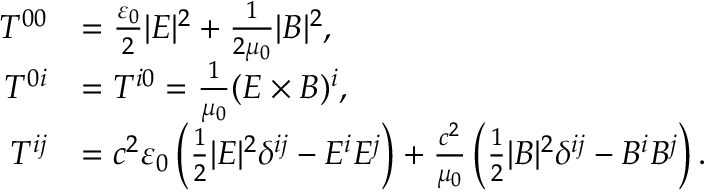
\begin{array} { r l } { T ^ { 0 0 } } & { = \frac { \varepsilon _ { 0 } } { 2 } \lvert E \rvert ^ { 2 } + \frac { 1 } { 2 \mu _ { 0 } } \lvert B \rvert ^ { 2 } , } \\ { T ^ { 0 i } } & { = T ^ { i 0 } = \frac { 1 } { \mu _ { 0 } } ( E \times B ) ^ { i } , } \\ { T ^ { i j } } & { = c ^ { 2 } \varepsilon _ { 0 } \left( \frac { 1 } { 2 } \lvert E \rvert ^ { 2 } \delta ^ { i j } - E ^ { i } E ^ { j } \right) + \frac { c ^ { 2 } } { \mu _ { 0 } } \left( \frac { 1 } { 2 } \lvert B \rvert ^ { 2 } \delta ^ { i j } - B ^ { i } B ^ { j } \right) . } \end{array}